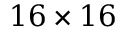
1 6 \times 1 6